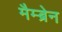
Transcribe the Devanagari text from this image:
मैम्ब्रेन